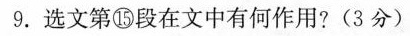
9.选文第⑮段在文中有何作用？(3分)